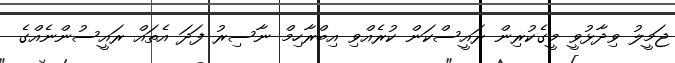
ޖަމީލު ވިދާޅުވީ މީގެކުރިން ރައީސްކަން ކުރެއްވި އިބްރާހިމް ނާސިރު ފަދަ އެތައް ރައީސުންނެއްގެ